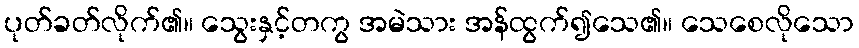
ပုတ်ခတ်လိုက်၏။ သွေးနှင့်တကွ အမဲသား အန်ထွက်၍သေ၏။ သေစေလိုသော